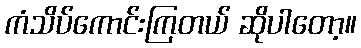
ကံသိပ်ကောင်းကြတယ် ဆိုပါတော့။